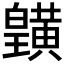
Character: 𪏓